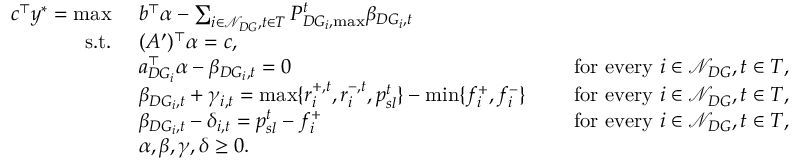
\begin{array} { r l r l } { c ^ { \top } y ^ { * } = \operatorname* { m a x } \ } & { b ^ { \top } \alpha - \sum _ { i \in \mathcal { N } _ { D G } , t \in T } P _ { D G _ { i } , \operatorname* { m a x } } ^ { t } \beta _ { D G _ { i } , t } } \\ { \mathrm { s . t . } \ } & { ( A ^ { \prime } ) ^ { \top } \alpha = c , } \\ & { a _ { D G _ { i } } ^ { \top } \alpha - \beta _ { D G _ { i } , t } = 0 } & & { \mathrm { ~ f o r ~ e v e r y ~ } i \in \mathcal { N } _ { D G } , t \in T , } \\ & { \beta _ { D G _ { i } , t } + \gamma _ { i , t } = \operatorname* { m a x } \{ r _ { i } ^ { + , t } , r _ { i } ^ { - , t } , p _ { s l } ^ { t } \} - \operatorname* { m i n } \{ f _ { i } ^ { + } , f _ { i } ^ { - } \} } & & { \mathrm { ~ f o r ~ e v e r y ~ } i \in \mathcal { N } _ { D G } , t \in T , } \\ & { \beta _ { D G _ { i } , t } - \delta _ { i , t } = p _ { s l } ^ { t } - f _ { i } ^ { + } } & & { \mathrm { ~ f o r ~ e v e r y ~ } i \in \mathcal { N } _ { D G } , t \in T , } \\ & { \alpha , \beta , \gamma , \delta \geq 0 . } \end{array}